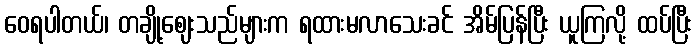
ဝေရပါတယ်၊ တချို့ဈေးသည်များက ရထားမလာသေးခင် အိမ်ပြန်ပြီး ယူကြလို့ ထပ်ပြီး